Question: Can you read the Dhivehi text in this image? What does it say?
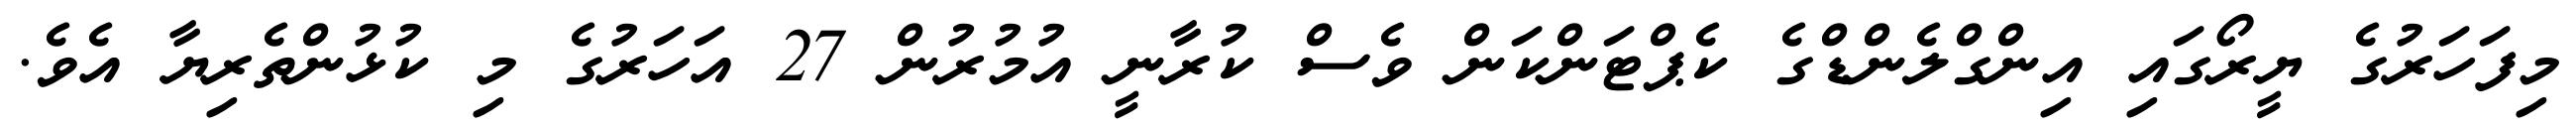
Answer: މިފަހަރުގެ ޔީރޯގައި އިންގްލެންޑްގެ ކެޕްޓަންކަން ވެސް ކުރާނީ އުމުރުން 27 އަހަރުގެ މި ކުޅުންތެރިޔާ އެވެ.